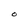
Character: O